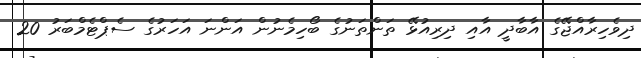
ދިވެހިރާއްޖޭގެ އާބާދީ އާއި ދިރިއުޅޭ ތަންތަނުގެ ބޯހިމެނުން އަންނަ އަހަރުގެ ސެޕްޓެމްބަރު 20